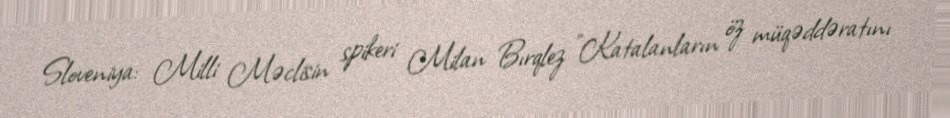
Sloveniya: Milli Məclisin spikeri Milan Bırqlez "Katalanların öz müqəddəratını